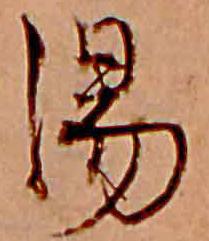
湯